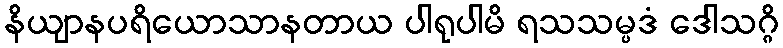
နိယျာနပရိယောသာနတာယ ပါရုပါမိ ရသသမ္ပဒံ ဒေါသဂ္ဂိ